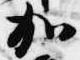
加